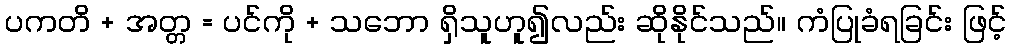
ပကတိ + အတ္တ = ပင်ကို + သဘော ရှိသူဟူ၍လည်း ဆိုနိုင်သည်။ ကံပြုခံရခြင်း ဖြင့်